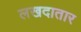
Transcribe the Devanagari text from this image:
लखदातार